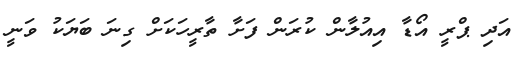
އަދި ޕްރީ އޯޑާ އިއުލާން ކުރަން ފަށާ ތާރީހަކަށް ގިނަ ބަޔަކު ވަނީ